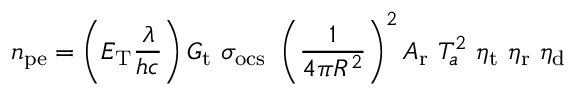
n _ { \mathrm { p e } } = \left( E _ { \mathrm { T } } \frac { \lambda } { h c } \right) G _ { \mathrm { t } } ~ \sigma _ { \mathrm { o c s } } ~ \left( \frac { 1 } { 4 \pi R ^ { 2 } } \right) ^ { 2 } A _ { \mathrm { r } } ~ T _ { a } ^ { 2 } ~ \eta _ { \mathrm { t } } ~ \eta _ { \mathrm { r } } ~ \eta _ { \mathrm { d } }